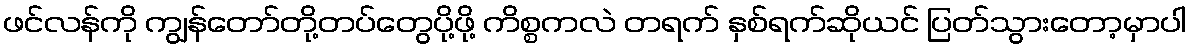
ဖင်လန်ကို ကျွန်တော်တို့တပ်တွေပို့ဖို့ ကိစ္စကလဲ တရက် နှစ်ရက်ဆိုယင် ပြတ်သွားတော့မှာပါ